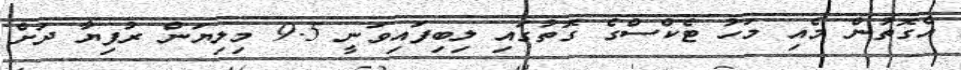
އެގޮތުން މެއި މަހު ޓެކްސްގެ ގޮތުގައި ލިބިފައިވަނީ 9.5 މިލިޔަން ރުފިޔާ ދަށް